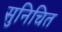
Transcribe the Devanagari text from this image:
सुनिचित